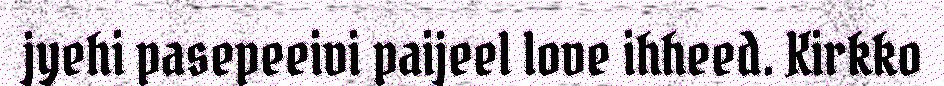
jyehi pasepeeivi paijeel love ihheed. Kirkko